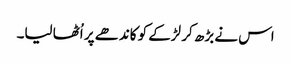
اس نے بڑھ کر لڑکے کو کاندھے پر اُٹھا لیا۔